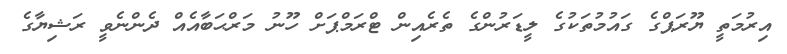
އިރުމަތީ ޔޫރަޕްގެ ގައުމުތަކުގެ ލީޑަރުންގެ ތެރެއިން ޓްރަމްޕަށް ހޫނު މަރްޙަބާއެއް ދެންނެވީ ރަޝިޔާގެ